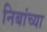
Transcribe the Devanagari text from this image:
निबांच्या